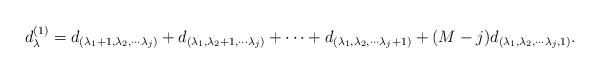
LaTeX: \begin{align*}d_{\lambda}^{(1)} = d_{(\lambda_1+1,\lambda_2,\cdots \lambda_j)} + d_{(\lambda_1,\lambda_2+1,\cdots \lambda_j)}+ \cdots + d_{(\lambda_1,\lambda_2,\cdots \lambda_j+1)} + ( M-j )d_{(\lambda_1,\lambda_2,\cdots \lambda_j,1)}.\end{align*}